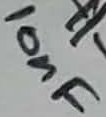
Text: 10nF